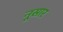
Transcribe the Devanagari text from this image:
नूसार